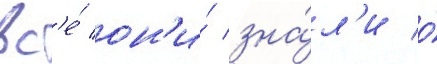
вс'е́ он'и́ зна́л'и о́